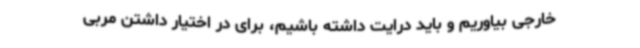
خارجی بیاوریم و باید درایت داشته باشیم، برای در اختیار داشتن مربی